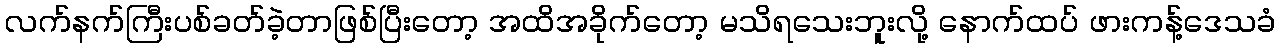
လက်နက်ကြီးပစ်ခတ်ခဲ့တာဖြစ်ပြီးတော့ အထိအခိုက်တော့ မသိရသေးဘူးလို့ နောက်ထပ် ဖားကန့်ဒေသခံ